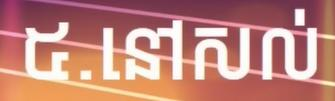
៥.នៅសល់